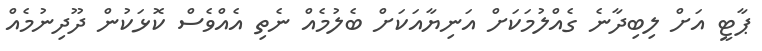
ޕާޓީ އަށް ލިބިދާނެ ގެއްލުމަކަށް އަނިޔާއަކަށް ބެލުމެއް ނެތި އެއްވެސް ކޮޅަކުން ދޫދިނުމެއް